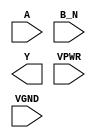
module sky130_fd_sc_hs__nor2b (
    //# {{data|Data Signals}}
    input  A   ,
    input  B_N ,
    output Y   ,

    //# {{power|Power}}
    input  VPWR,
    input  VGND
);
endmodule